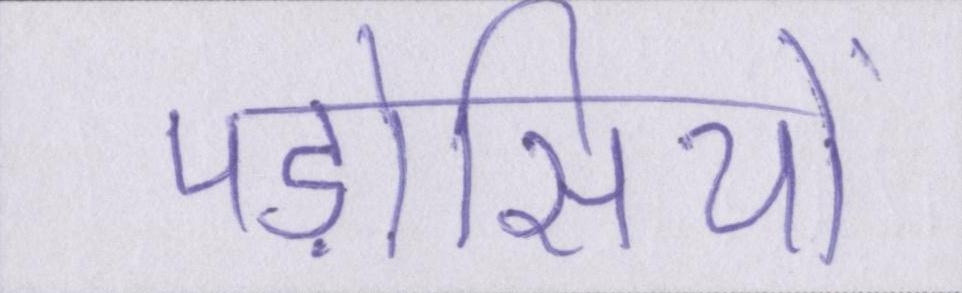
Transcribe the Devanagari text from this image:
पड़ोसियों